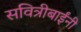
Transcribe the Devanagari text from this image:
सवित्रीबाईंनी